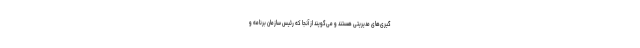
گیری‌های مدیریتی هستند و می‌گویند از آنجا که رئیس سازمان برنامه و